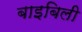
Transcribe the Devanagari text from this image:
बाइबिली